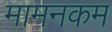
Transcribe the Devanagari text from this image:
मामनकम